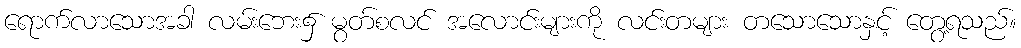
ရောက်လာသောအခါ လမ်းဘေး၌ မွတ်စလင် အလောင်းများကို လင်းတများ တသောသောနှင့် တွေ့ရသည်။